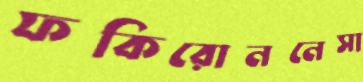
ফকিরোননেসা